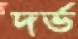
দর্ভ